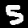
Label: 5